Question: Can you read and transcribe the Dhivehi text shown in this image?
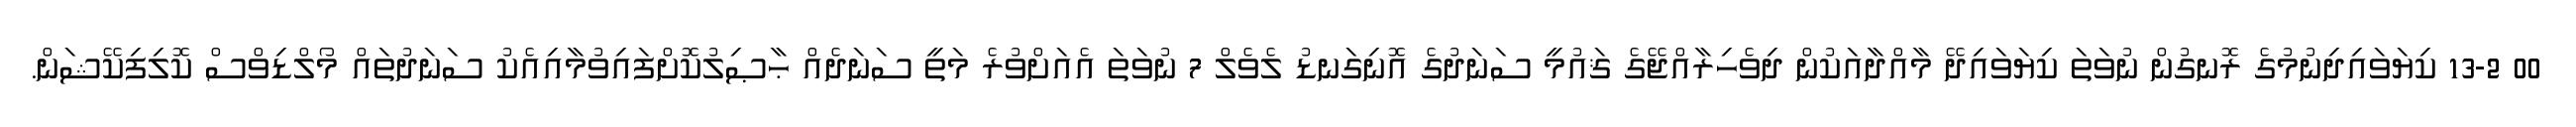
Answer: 00 13-2 ކިޔަވައިދިނުމުގެ ރޮނގުން ނުވަތަ ކިޔަވައިދޭ މާއްދާއަކުން ދިވެހިރާއްޖޭގެ ޤައުމީ ސަނަދުގެ އޮނިގަނޑު ލެވެލް 7 ނުވަތަ އެއަށްވުރެ މަތީ ސަނަދެއް ޙާޞިލުކޮށްފައިވުމާއިއެކު ސަނަދުތައް މޯލްޑިވްސް ކޮލިފިކޭޝަން.